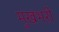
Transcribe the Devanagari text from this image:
मुखभरी